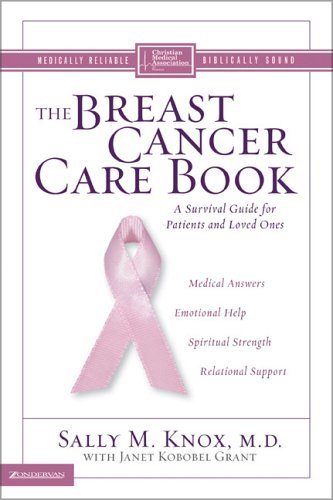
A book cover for The Breast Cancer Care Book: A Survival Guide for Patients and Loved Ones (Christian Medical Association Resources) by Knox, Sally M. (2004) Paperback; Sally M. Knox; Health, Fitness & Dieting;